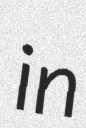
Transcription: in